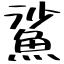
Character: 鯊